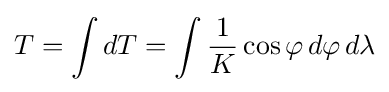
T=\int dT=\int {\frac {1}{K}}\cos \varphi \,d\varphi \,d\lambda